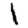
Digit: 1